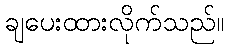
ချပေးထားလိုက်သည်။